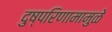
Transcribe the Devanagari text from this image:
दुष्परिणामामुळे